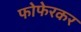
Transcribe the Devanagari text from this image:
फोफेरकर